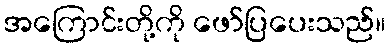
အကြောင်းတို့ကို ဖော်ပြပေးသည်။